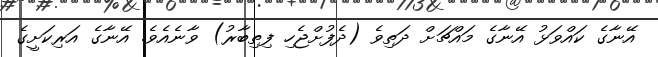
އޭނާގެ ކައްވަޅު އޭނާގެ މައްޗަށް ދަތިވެ (ދެފުށްޖެހި ފިތިބާރު) ވާނެއެވެ. އޭނާގެ އަރިކަށީގެ